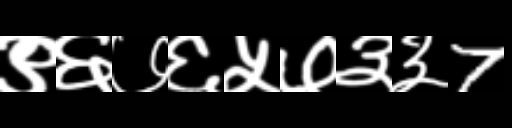
Text: ९६७६५७३३7